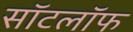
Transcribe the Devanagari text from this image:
सॉटलॉफ